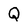
Character: Q